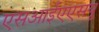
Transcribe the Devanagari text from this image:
एसआईएएसयू